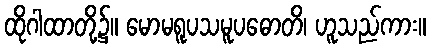
ထိုဂါထာတို့၌။ မောမရူပသမူပဓောတိ၊ ဟူသည်ကား။